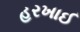
હરખાઈ